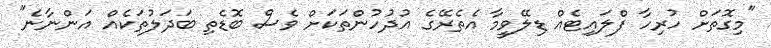
"މިގޮތަށް ހުރިހާ ފްލައިޓެއް ޑިލޭވީމާ އެތެރޭގެ އުދުހުންތަކަށް ވެސް ބޮޑެތި ބަދަލުތަކެއް އަންނާނެ"